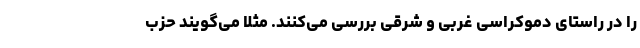
را در راستای دموکراسی غربی و شرقی بررسی می‌کنند. مثلا می‌گویند حزب